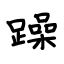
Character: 躁